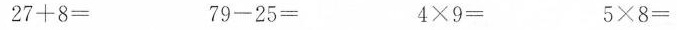
27+8= 79-25= 4\times 9= 5\times 8=